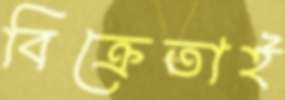
বিক্রেতাই